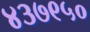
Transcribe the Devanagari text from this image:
४३७९५०